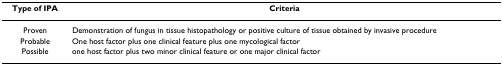
| Type of IPA | Criteria |
 | --- | --- |
 | Proven | Demonstration of fungus in tissue histopathology or positive culture of tissue obtained by invasive procedure |
 | Probable | One host factor plus one clinical feature plus one mycological factor |
 | Possible | one host factor plus two minor clinical feature or one major clinical factor |